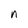
Character: n